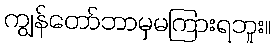
ကျွန်တော်ဘာမှမကြားရဘူး။